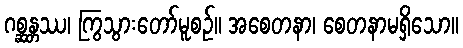
ဂစ္ဆန္တဿ၊ ကြွသွားတော်မူစဉ်။ အစေတနာ၊ စေတနာမရှိသော။